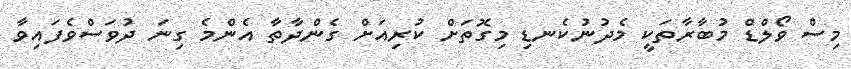
މިސް ވޯލްޑް މުބާރާތަކީ މެދުނުކެނޑި މިގޮތަށް ކުރިއަށް ގެންދާތާ އެންމެ ގިނަ ދުވަސްވެފައިވާ